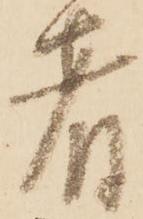
者